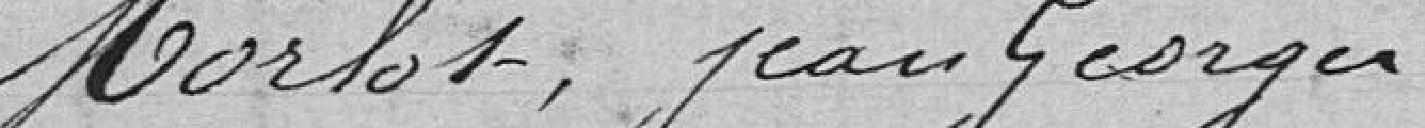
Morlot, Jean Georges